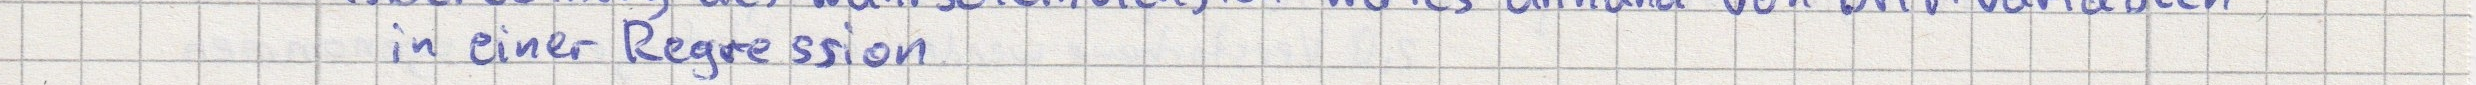
in einer Regression